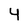
Character: Y